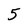
Character: 5